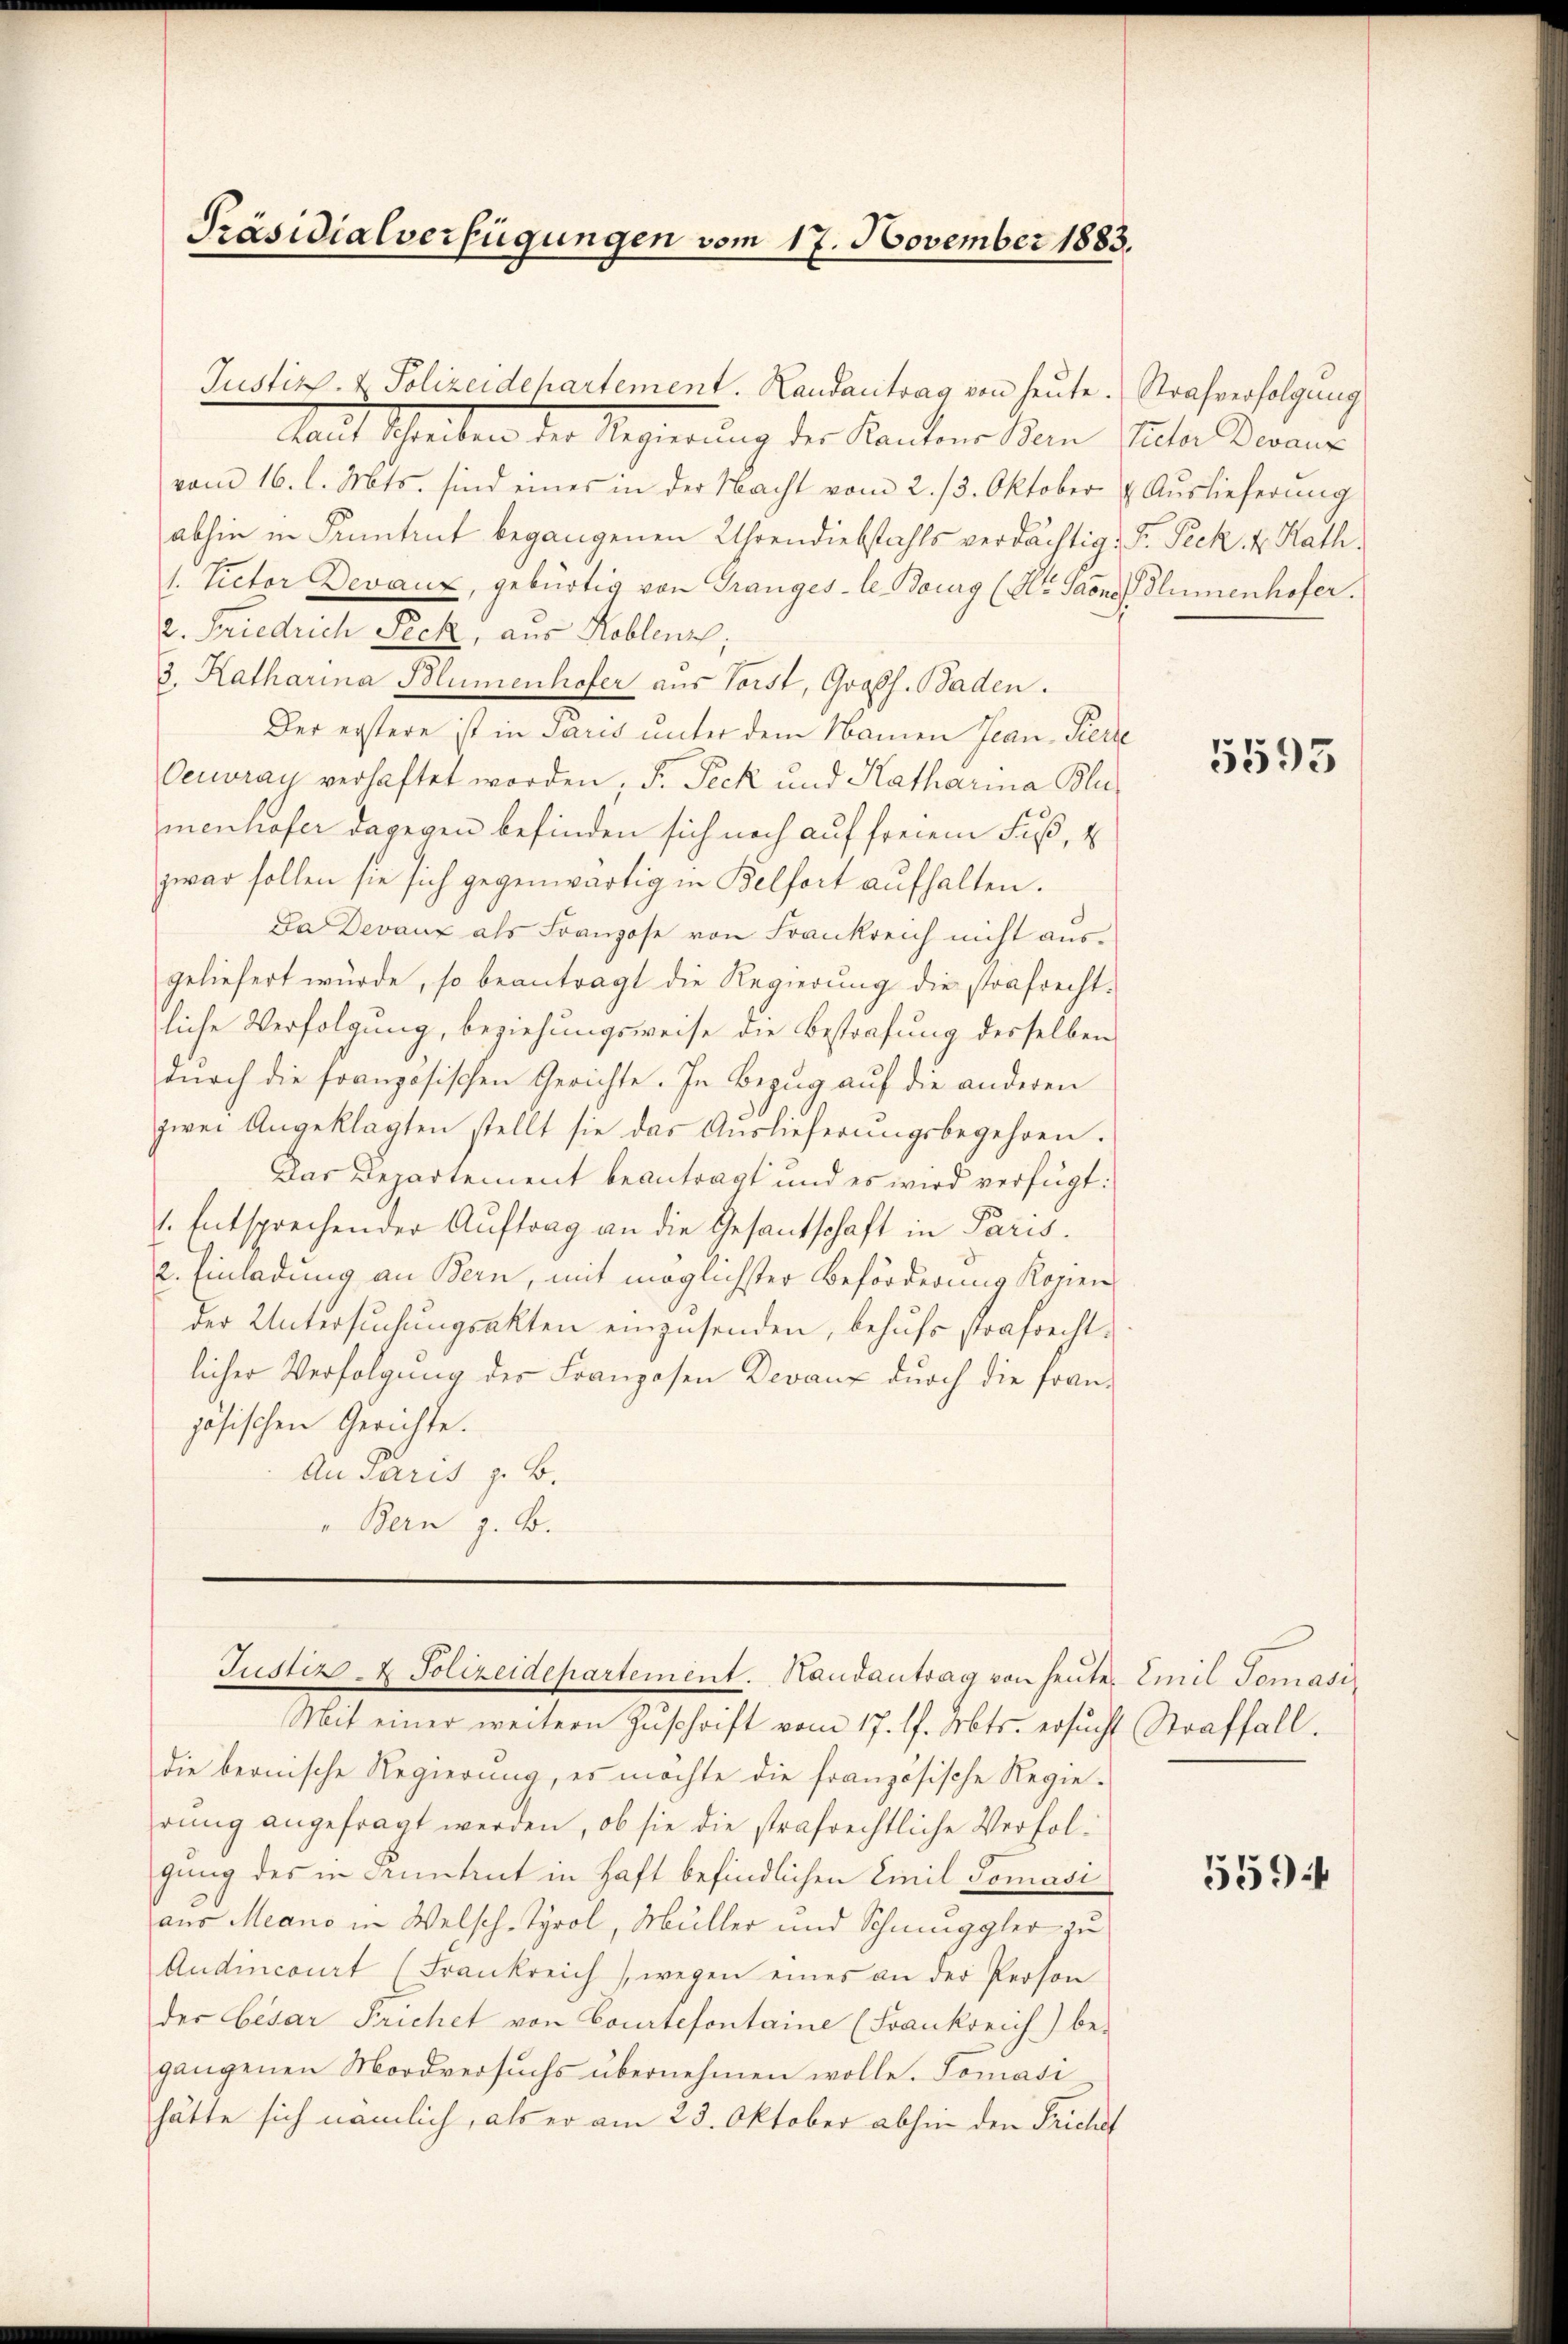
Mit Schreiben der Regierung der Kantone dem Inter dann
vom 16. l. Mts. sind eines in der Nacht vom 2. 13. Oktober
abhin in Funtrut begangenen Uhrendiebstahls verdächtig:
s. Victor Devaux, gebürtig von Grangeste Bourg (St. Garne
2. Friedrich Peck, aus Koblenz,
3. Katharina Blumenhofer aus Vorst, Gross. Baden.
Der erstere ist in Paris unter dem Namen Jean Pier
Oeuvray verhaftet worden, F. Peck und Katharina Blu
menhofer dagegen befinden sich noch auf freiem Fuß, u
zwar sollen sie sich gegenwärtig in Belfort aufhalten.
Ja Devanz als Franzose von Frankreich nicht ausgeliefert würde, so beantragt die Regierung die strafrecht.
liche Verfolgung, beziehungsweise die Bestrafung desselben
durch die französischen Gerichte. In Bezug auf die anderen
zwei Angeklagten stellt sie das Auslieferŭngsbegehren.
Das Departement beantragt und es wird verfügt:
. Entsprechender Auftrag an die Gesantschaft in Paris.
2. Einladung an Bern, mit möglichster Beförderung Kopien
der Untersuchungsakten einzusenden, behufs strafrechtlicher Verfolgung der Franzosen Devanz durch die französischen Gerichte.
An Paris z. B.
" Bern z. B.

Präsidialverfügungen vom 17. November 1883.

Justizp. v. Polizeidepartement. Randantrag von heute. Strafverfolgung

Mit einer weitern Zuschrift vom 17. d. Mts. ersucht Straffall.
die bernische Regierung, es möchte die französische Regierung angefragt werden, ob sie die strafrechtliche Verfolgung des in Funtrut in Haft befindlichen Emil Tomasiaus Meano in Welsch-Tyrol, Müller und Schmuggler zu
Andincourt (Frankreich (wegen eines an der Person
der Cesar Frichet von Courtefontaine (Frankreich) be-
gangenen Mordversuchs übernehmen wolle. Tomasi
hätte sich nämlich, als er am 23. Oktober abhin den Frickel

Justiz- & Polizeidepartement. Handantrag von heute Emil Tomasi¬

Auslieferung
F. Pech. 2. Rath.
Blumenhofer.

5593

559.